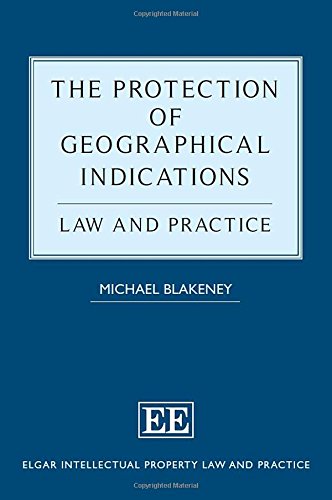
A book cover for The Protection of Geographical Indications: Law and Practice (Elgar Intellectual Property Law and Practice series); Michael Blakeney; Law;